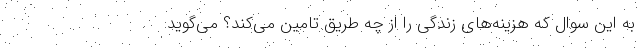
به این سوال که هزینه‌های زندگی را از چه طریق تامین می‌کند؟ می‌گوید: